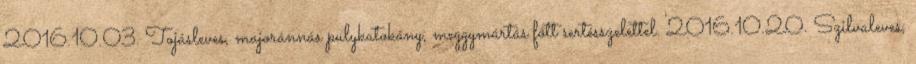
2016.10.03. Tojásleves, majoránnás pulykatokány, meggymártás főtt sertésszelettel. 2016.10.20. Szilvaleves,